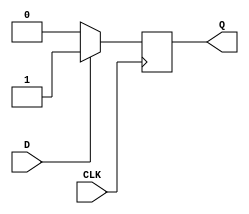
`timescale 1ns / 1ps
//////////////////////////////////////////////////////////////////////////////////
// Company: 
// Engineer: 
// 
// Design Name: 
// Module Name: D_as_clk_divider
// Project Name: 
// Target Devices: 
// Tool Versions: 
// Description: 
// 
// Dependencies: 
// 
// Revision:
// Revision 0.01 - File Created
// Additional Comments:
// 
//////////////////////////////////////////////////////////////////////////////////
module DFF2(Q,D,CLK);
input D,CLK;
output reg Q;
always @(posedge CLK)
if(D==1)
Q = D;
else
Q = 1'b0;
initial Q = 1'b0;
endmodule

module D_as_clk_divider(Q,CLK);
input CLK;
output Q;
DFF2 u1 (.Q(Q),.D(~Q),.CLK(CLK));
endmodule